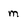
Character: m